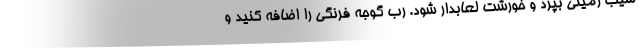
سیب زمینی بپزد و خورشت لعابدار شود. رب گوجه فرنگی را اضافه کنید و